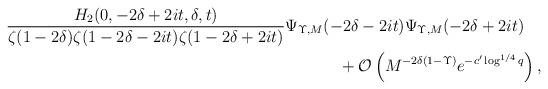
LaTeX: \begin{align*} & \frac{H_2(0,-2\delta+2it,\delta,t)}{\zeta(1-2\delta)\zeta(1-2\delta-2it)\zeta(1-2\delta+2it)} \Psi_{\Upsilon,M}(-2\delta-2it) \Psi_{\Upsilon,M}(-2\delta+2it) \\ & \hskip 240pt + \mathcal{O}\left( M^{-2\delta(1-\Upsilon)} e^{-c'\log^{1/4}q} \right), \end{align*}